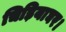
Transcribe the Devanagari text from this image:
चिड़ियाघर।